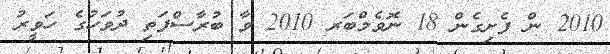
2010 ން ފެށިގެން 18 ނޮވެމްބަރ 2010 ވާ ބުރާސްފަތި ދުވަހުގެ ހަވީރު